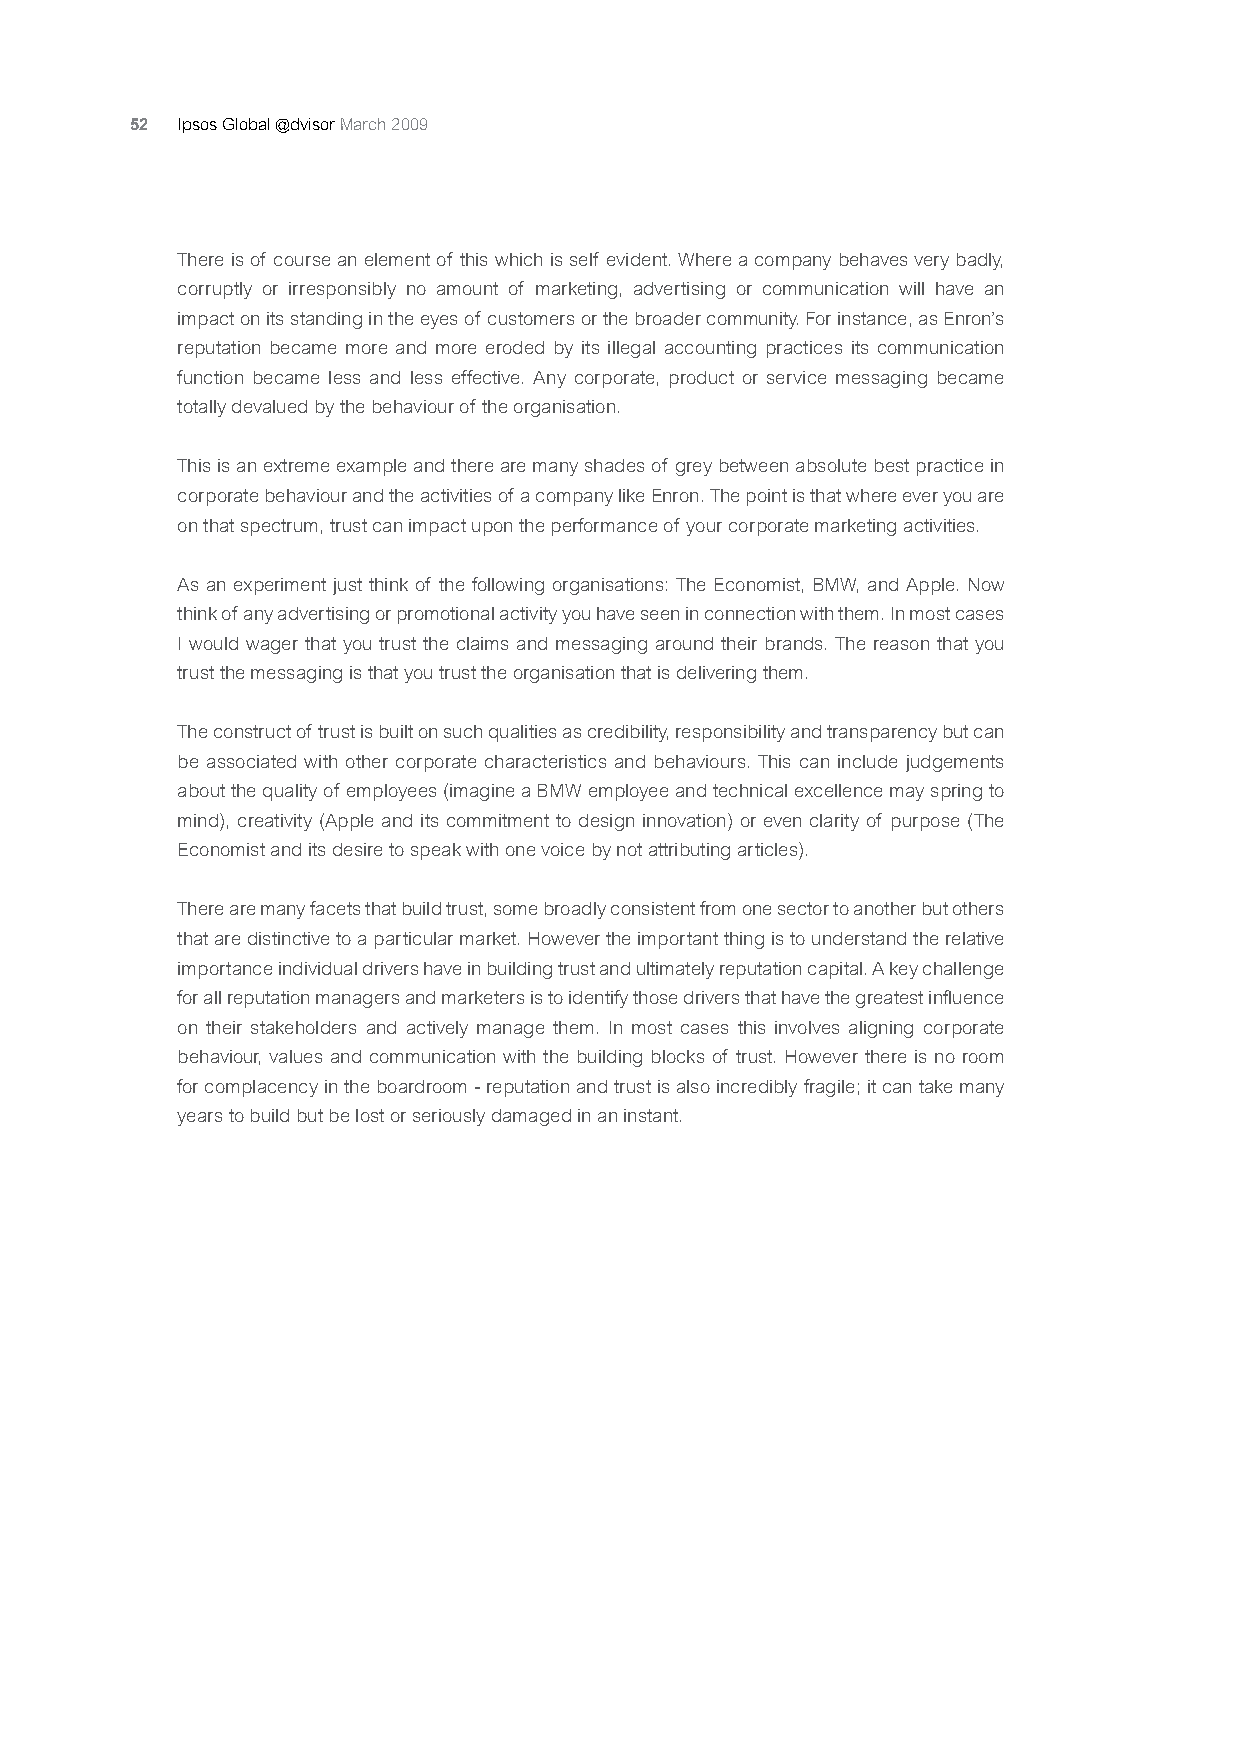
52 Ipsos Global @dvisor March 2009
 There is of course an element of this which is self evident. Where a company behaves very badly,
 corruptly or irresponsibly no amount of marketing, advertising or communication will have an
 impact on its standing in the eyes of customers or the broader community. For instance, as Enron’s
 reputation became more and more eroded by its illegal accounting practices its communication
 function became less and less effective. Any corporate, product or service messaging became
 totally devalued by the behaviour of the organisation.
 This is an extreme example and there are many shades of grey between absolute best practice in
 corporate behaviour and the activities of a company like Enron. The point is that where ever you are
 on that spectrum, trust can impact upon the performance of your corporate marketing activities.
 As an experiment just think of the following organisations: The Economist, BMW, and Apple. Now
 think of any advertising or promotional activity you have seen in connection with them. In most cases
 I would wager that you trust the claims and messaging around their brands. The reason that you
 trust the messaging is that you trust the organisation that is delivering them.
 The construct of trust is built on such qualities as credibility, responsibility and transparency but can
 be associated with other corporate characteristics and behaviours. This can include judgements
 about the quality of employees (imagine a BMW employee and technical excellence may spring to
 mind), creativity (Apple and its commitment to design innovation) or even clarity of purpose (The
 Economist and its desire to speak with one voice by not attributing articles).
 There are many facets that build trust, some broadly consistent from one sector to another but others
 that are distinctive to a particular market. However the important thing is to understand the relative
 importance individual drivers have in building trust and ultimately reputation capital. A key challenge
 for all reputation managers and marketers is to identify those drivers that have the greatest influence
 on their stakeholders and actively manage them. In most cases this involves aligning corporate
 behaviour, values and communication with the building blocks of trust. However there is no room
 for complacency in the boardroom - reputation and trust is also incredibly fragile; it can take many
 years to build but be lost or seriously damaged in an instant.